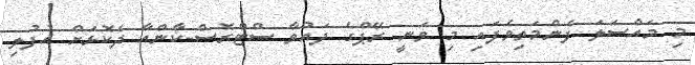
މި މައްސަލަ ފެންމަތިވެފައި މި ވަނީ ރޭޕްގެ ދައުވާ ސްޓްރޮސް-ކާންއާ ދެކޮޅަށް އުފުލި